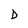
Character: D